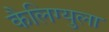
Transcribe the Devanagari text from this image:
कैलिग्युला